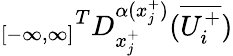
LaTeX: {_{[-\infty,\infty]}}^{T}D_{x_{j}^{+}}^{\alpha(x_{j}^{+})}(\overline{{U_{i}^{+}}})